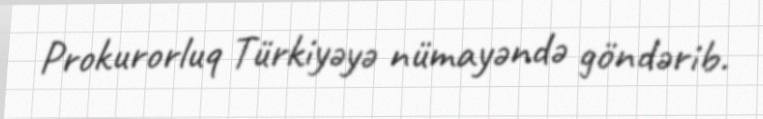
Prokurorluq Türkiyəyə nümayəndə göndərib.